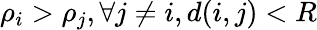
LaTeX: \rho_{i}>\rho_{j},\forall j\neq i,d(i,j)<R